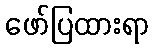
ဖော်ပြထားရာ